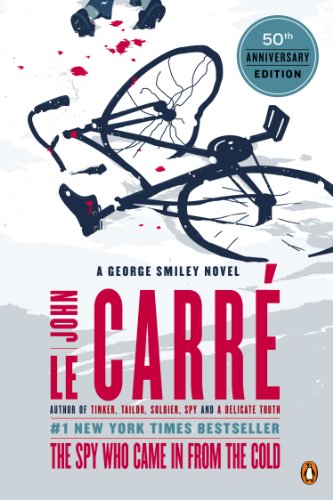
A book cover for The Spy Who Came in from the Cold: A George Smiley Novel (George Smiley Novels); John Le Carre; Mystery, Thriller & Suspense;